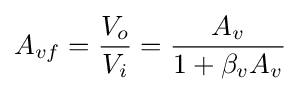
A_{vf}={\frac {V_{o}}{V_{i}}}={\frac {A_{v}}{1+\beta _{v}A_{v}}}